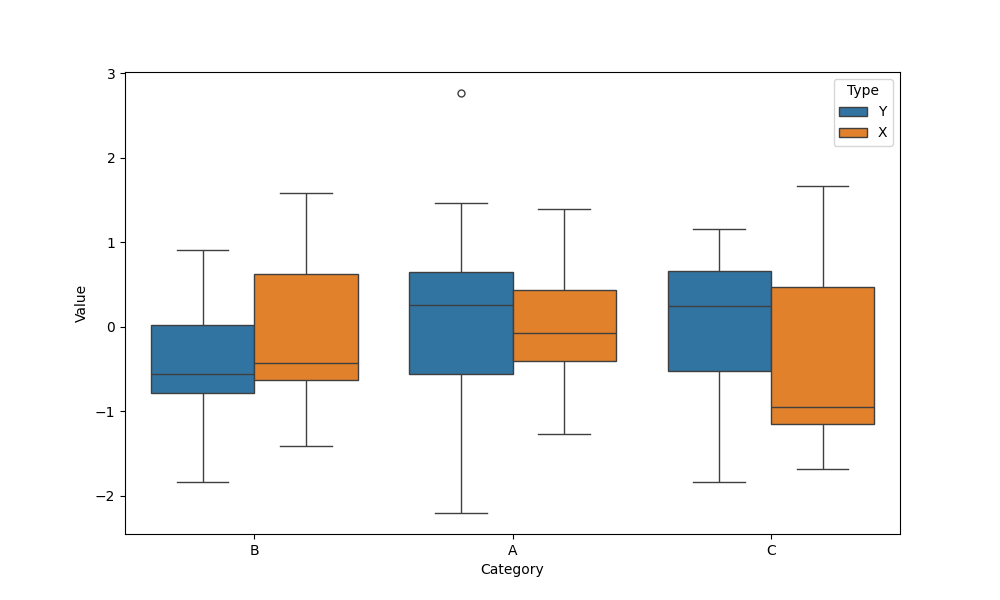
python, seaborn, boxplot, width=0.8, linewidth=1, fliersize=5, notch=False